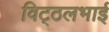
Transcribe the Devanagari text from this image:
विट्‍ठलभाई